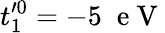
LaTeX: t_{1}^{\prime 0}=-5\; \mathrm{~e~V~}